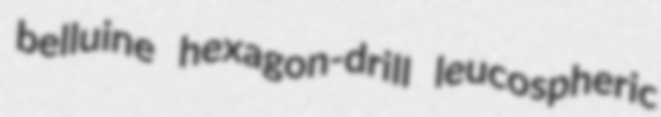
belluine hexagon-drill leucospheric